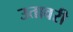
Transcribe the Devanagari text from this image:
उतावरी